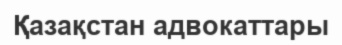
Қазақстан адвокаттары